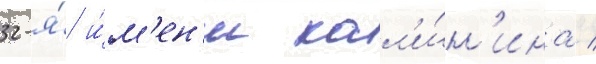
32-я́ и́м'ен'и кал'и́н'ина /